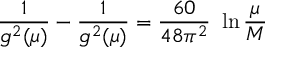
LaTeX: \frac { 1 } { g ^ { 2 } ( \mu ) } - \frac { 1 } { g ^ { 2 } ( \mu ) } = \frac { 6 0 } { 4 8 \pi ^ { 2 } } \ \ln \frac { \mu } { M }